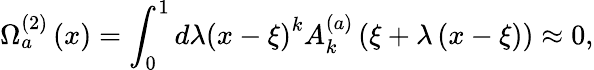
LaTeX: \Omega_{a}^{\left(2\right)}\left(x\right)=\int_{0}^{1}{d\lambda}\left({x-\xi}\right)^{k}A_{k}^{\left(a\right)}\left({\xi+\lambda\left({x-\xi}\right)}\right)\approx 0,